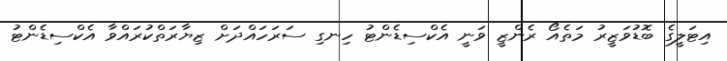
އިޓަލީގެ ބޮޑުވަޒީރު މަތެއޯ ރެންޒީ ވަނީ އެކްސިޑެންޓު ހިނގި ސަރަހައްދަށް ޒިޔާރަތްކުރައްވާ އެކްސިޑެންޓު